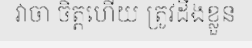
វាចា ចិត្តហើយ ត្រូវដឹងខ្លួន